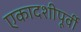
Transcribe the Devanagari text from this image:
एकादशीपूर्वी